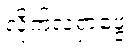
လိုက်လံရှာဖွေ